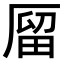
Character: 𠪐